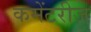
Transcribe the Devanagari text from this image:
कमेंटरीज